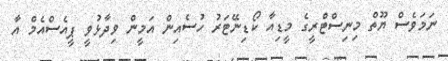
ނަމަވެސް ޔޫތް މިނިސްޓްރީގެ މީޑިއާ ކޯޑިނޭޓަރު ހުސެއިން އަމީން ވިދާޅުވީ ޕީއެސްއެމް އާ